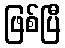
ဖြစ်ပြီ